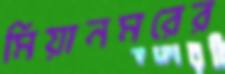
মিয়ানমরের